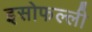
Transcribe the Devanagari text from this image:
इसोफल्ली